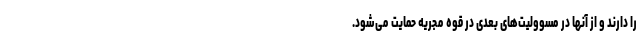
را دارند و از آنها در مسوولیت‌های بعدی در قوه مجریه حمایت می‌شود.